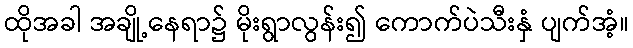
ထိုအခါ အချို့နေရာ၌ မိုးရွာလွန်း၍ ကောက်ပဲသီးနှံ ပျက်အံ့။